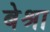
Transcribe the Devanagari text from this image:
बेश्रा